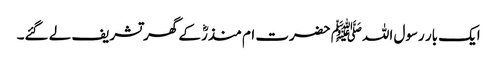
ایک بار رسول اللہﷺ حضرت ام منذرؓ کے گھر تشریف لے گئے۔